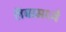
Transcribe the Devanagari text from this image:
लॅब्समध्ये